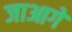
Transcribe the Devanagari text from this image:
जाआगे